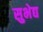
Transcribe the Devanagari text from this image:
सुभेद्य